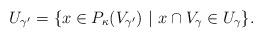
LaTeX: \begin{align*}U_{\gamma'} = \{ x \in P_\kappa(V_{\gamma'}) \ | \ x \cap V_\gamma \in U_\gamma \}.\end{align*}